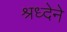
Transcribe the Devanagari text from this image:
श्रध्देने